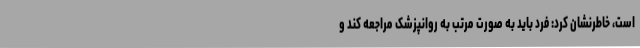
است، خاطرنشان کرد: فرد باید به صورت مرتب به روانپزشک مراجعه کند و